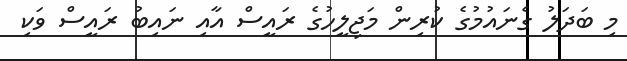
މި ބަދަލު ގެނައުމުގެ ކުރިން މަޖިލީހުގެ ރައީސް އާއި ނައިބު ރައީސް ވަކި